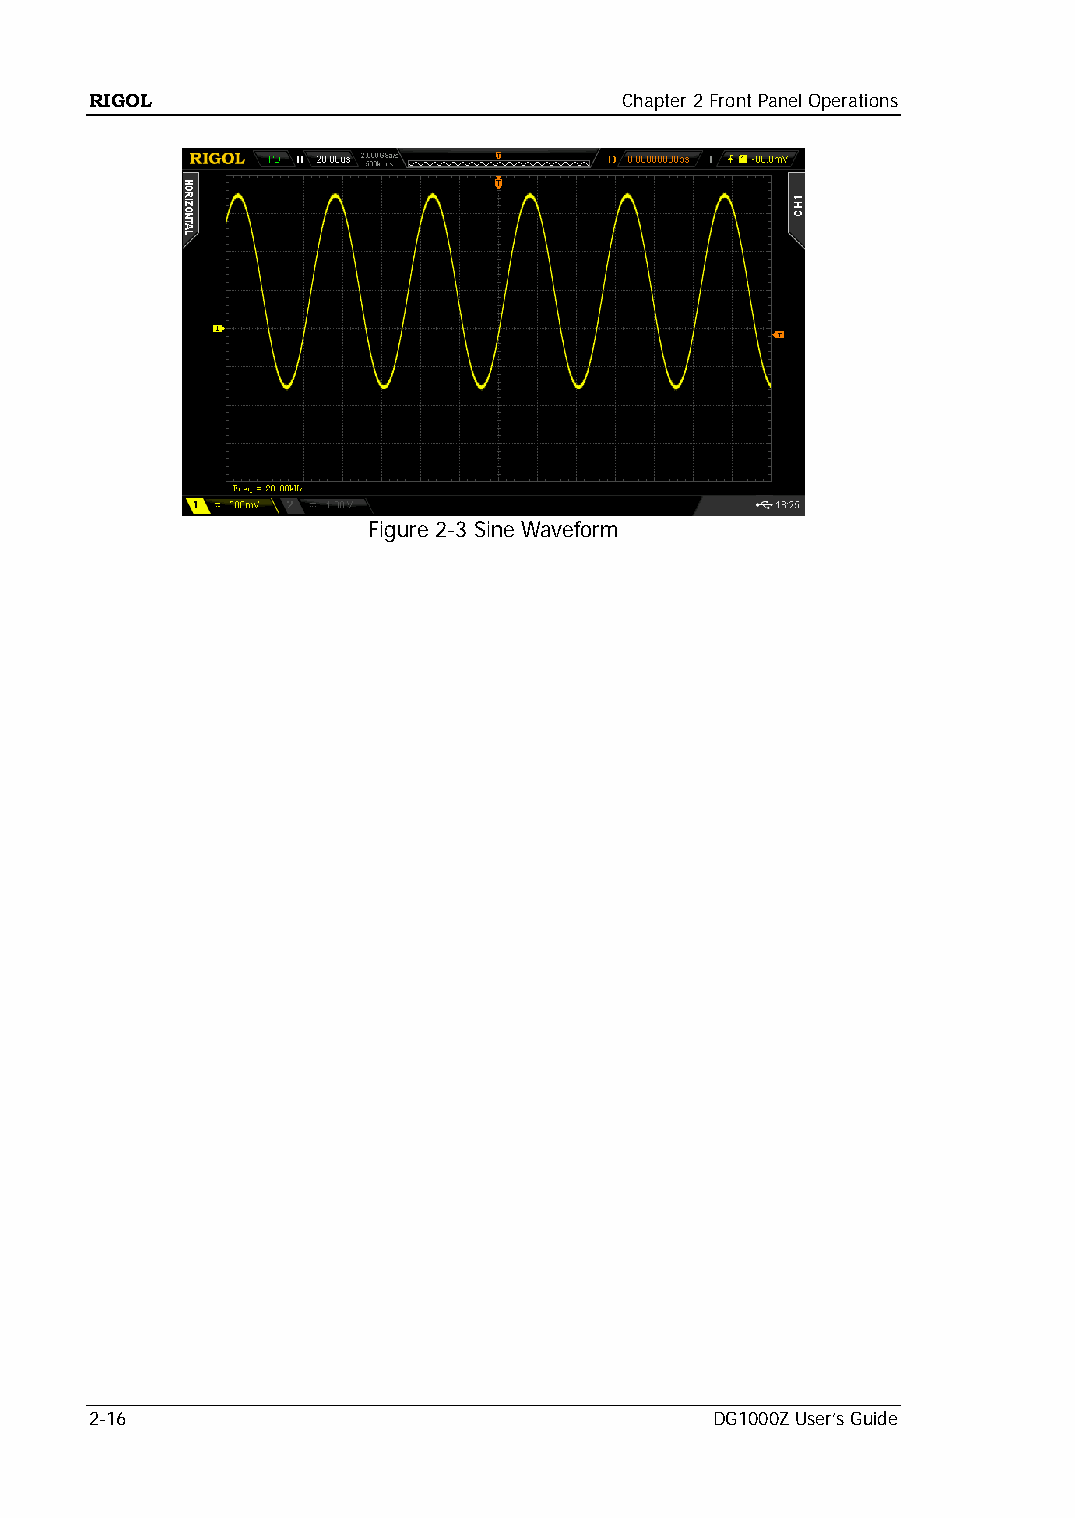
RIGOL                              Chapter 2 Front Panel Operations
 Figure 2-3 Sine Waveform
 2-16                                     DG1000Z User’s Guide